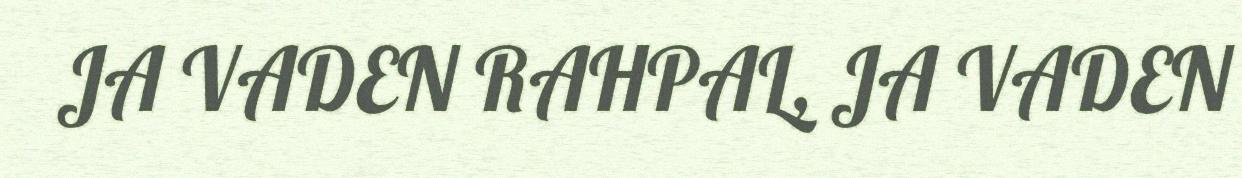
JA VADEN RAHPAL, JA VADEN